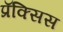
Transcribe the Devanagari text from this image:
प्रॅक्सिस